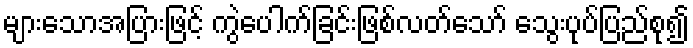
များသောအပြားဖြင့် ကွဲပေါက်ခြင်းဖြစ်လတ်သော် သွေးပုပ်ပြည်စု၍